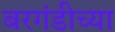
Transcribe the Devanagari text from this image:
बरगंडीच्या